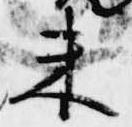
未